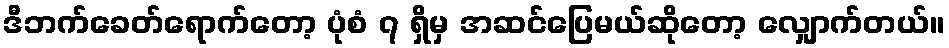
ဒီဘက်ခေတ်ရောက်တော့ ပုံစံ ၇ ရှိမှ အဆင်ပြေမယ်ဆိုတော့ လျှောက်တယ်။